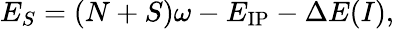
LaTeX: E_{S}=(N+S)\omega-E_{\mathrm{IP}}-\Delta E(I),